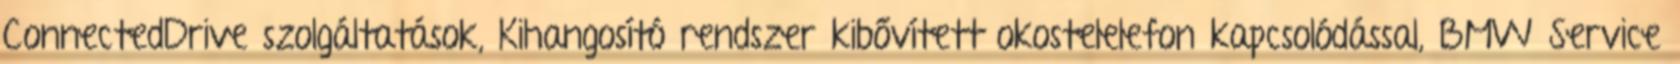
ConnectedDrive szolgáltatások, Kihangosító rendszer kibővített okostelelefon kapcsolódással, BMW Service